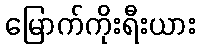
မြောက်ကိုးရီးယား